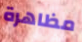
مظاهرة